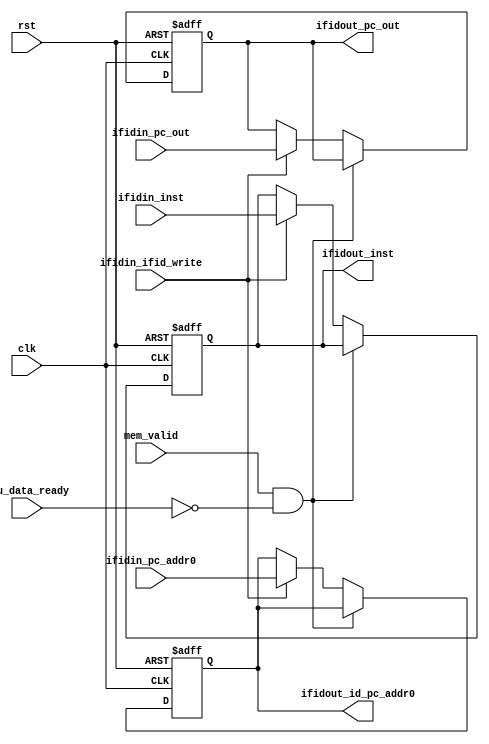
module IFIDREG(
    input clk,
    input rst,

    input mem_valid,
    input mmu_data_ready,

    input [31:0] ifidin_pc_out,
    input [31:0] ifidin_inst,
    input [31:0] ifidin_pc_addr0,
    input ifidin_ifid_write,

    output [31:0] ifidout_pc_out,
    output [31:0] ifidout_inst,
    output [31:0] ifidout_id_pc_addr0
);

reg [31:0] ifidout_pc_out_reg;
reg [31:0] ifidout_inst_reg;
reg [31:0] ifidout_id_pc_addr0_reg;

always @(posedge clk or posedge rst)
begin
    if(rst)
    begin
        ifidout_pc_out_reg <= 32'h00000000;
        // addi x0, x0, 0
        ifidout_inst_reg <= 32'h00000013;
        ifidout_id_pc_addr0_reg <= 32'h00000000;
    end
    
    else if(mem_valid==1'b1 && mmu_data_ready==1'b0) begin
        ifidout_pc_out_reg <= ifidout_pc_out_reg;
        ifidout_inst_reg <= ifidout_inst_reg;
        ifidout_id_pc_addr0_reg <= ifidout_id_pc_addr0_reg;
    end
    
    else if(ifidin_ifid_write) begin
        ifidout_pc_out_reg <= ifidin_pc_out;
        ifidout_inst_reg <= ifidin_inst;
        ifidout_id_pc_addr0_reg <= ifidin_pc_addr0;
    end else begin
        ifidout_pc_out_reg <= ifidout_pc_out_reg;
        ifidout_inst_reg <= ifidout_inst_reg;
        ifidout_id_pc_addr0_reg <= ifidout_id_pc_addr0_reg;
    end
end

assign ifidout_pc_out = ifidout_pc_out_reg;
assign ifidout_inst = ifidout_inst_reg;
assign ifidout_id_pc_addr0 = ifidout_id_pc_addr0_reg;

endmodule